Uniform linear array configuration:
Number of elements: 48
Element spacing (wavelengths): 0.75
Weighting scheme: binomial
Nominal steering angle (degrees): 45
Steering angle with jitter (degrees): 44.135
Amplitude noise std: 0.05
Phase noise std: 0.05

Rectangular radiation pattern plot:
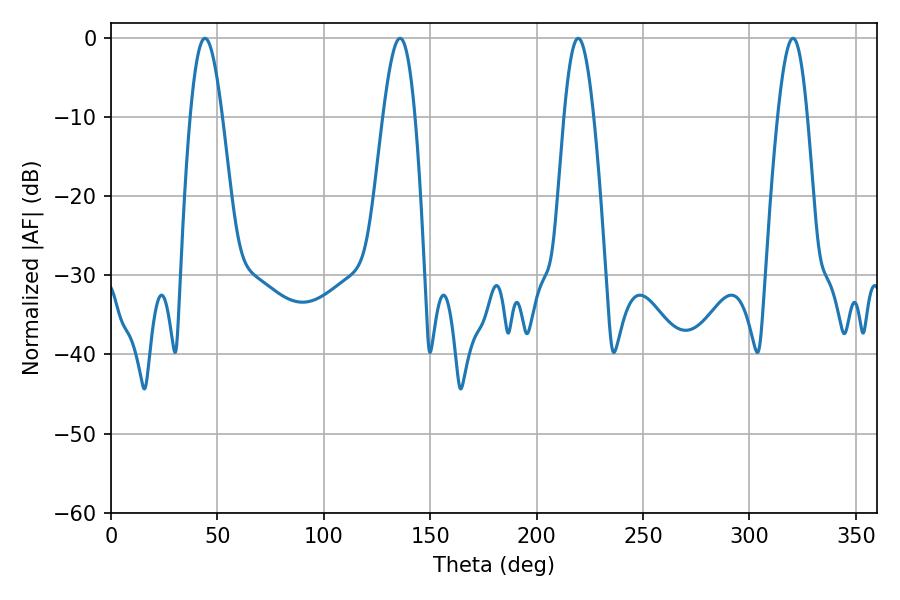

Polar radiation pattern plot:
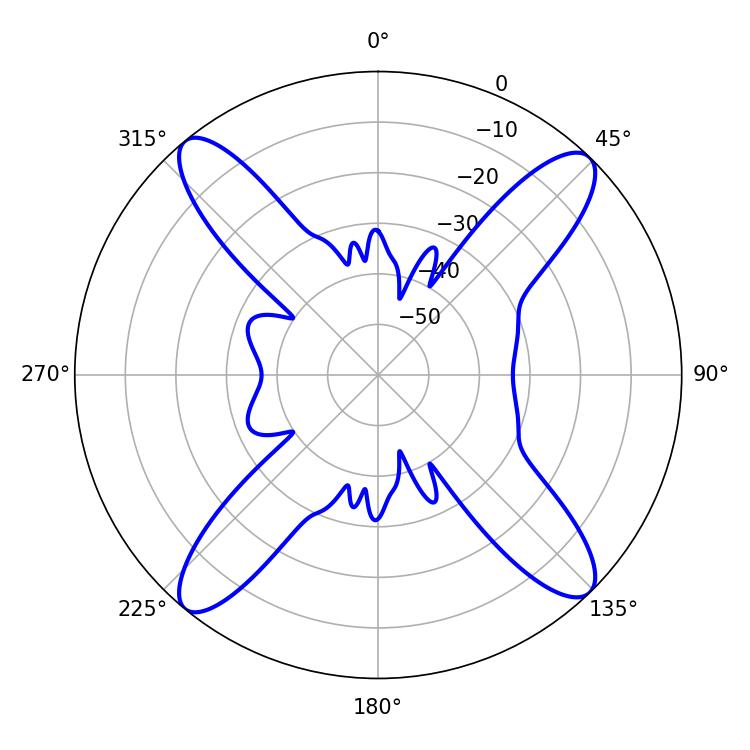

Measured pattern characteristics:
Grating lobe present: TRUE
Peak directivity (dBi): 17.642
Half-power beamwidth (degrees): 8.1
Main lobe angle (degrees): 44.1